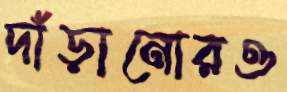
দাঁড়ানোরও